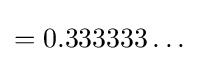
=0.333333\ldots